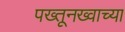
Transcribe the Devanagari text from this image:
पख्तूनख्वाच्या